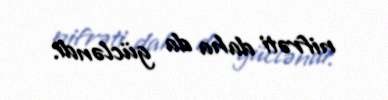
nifrəti daha da gücləndi.